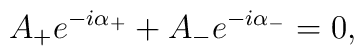
A_+ e^{-i \alpha_+} + A_- e^{-i \alpha_-} = 0,